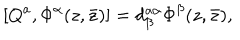
[ Q ^ { a } , \Phi ^ { \alpha } ( z , \bar { z } ) ] = d _ { \beta } ^ { a \alpha } \Phi ^ { \beta } ( z , \bar { z } ) ,